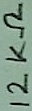
Text: 12KΩ